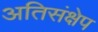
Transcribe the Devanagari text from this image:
अतिसंक्षेप